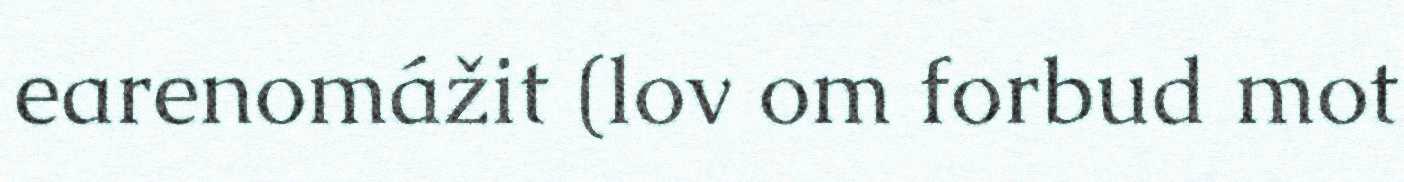
earenomážit (lov om forbud mot